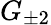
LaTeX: G_{\pm 2}